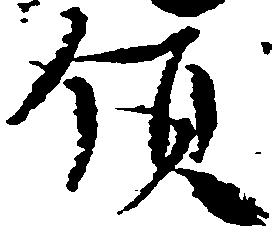
領